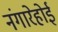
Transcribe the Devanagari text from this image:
नंगारेहोई